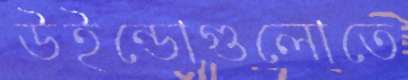
উইন্ডোগুলোতে